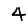
Digit: 4